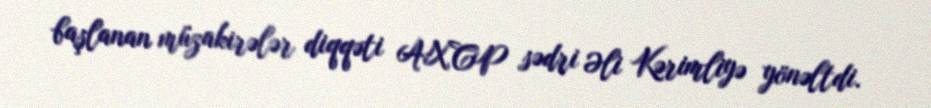
başlanan müzakirələr diqqəti AXCP sədri Əli Kərimliyə yönəltdi.